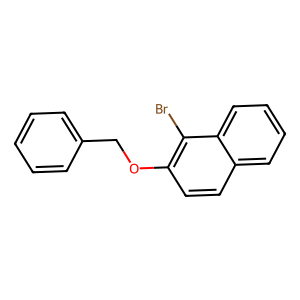
SMILES: Brc1c(OCc2ccccc2)ccc2ccccc12
Inhibits HIV replication: No